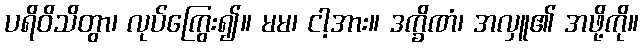
ပရိဝိသိတွာ၊ လုပ်ကြွေး၍။ မမ၊ ငါ့အား။ ဒက္ခိဏံ၊ အလှူ၏ အဖို့ကို။